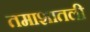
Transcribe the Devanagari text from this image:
तमाशातली